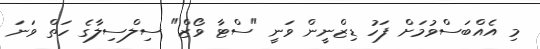
މި އެއްބަސްވުމަށް ފަހު ޑިޒްނީން ވަނީ "ސްޓާ ވޯޒް" ސިލްސިލާގެ ހަތް ވަނަ